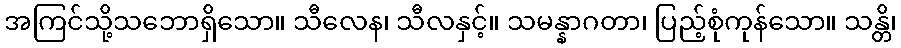
အကြင်သို့သဘောရှိသော။ သီလေန၊ သီလနှင့်။ သမန္နာဂတာ၊ ပြည့်စုံကုန်သော။ သန္တိ၊